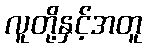
လူတို့နှင့်အတူ